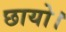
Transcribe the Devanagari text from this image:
छायो।